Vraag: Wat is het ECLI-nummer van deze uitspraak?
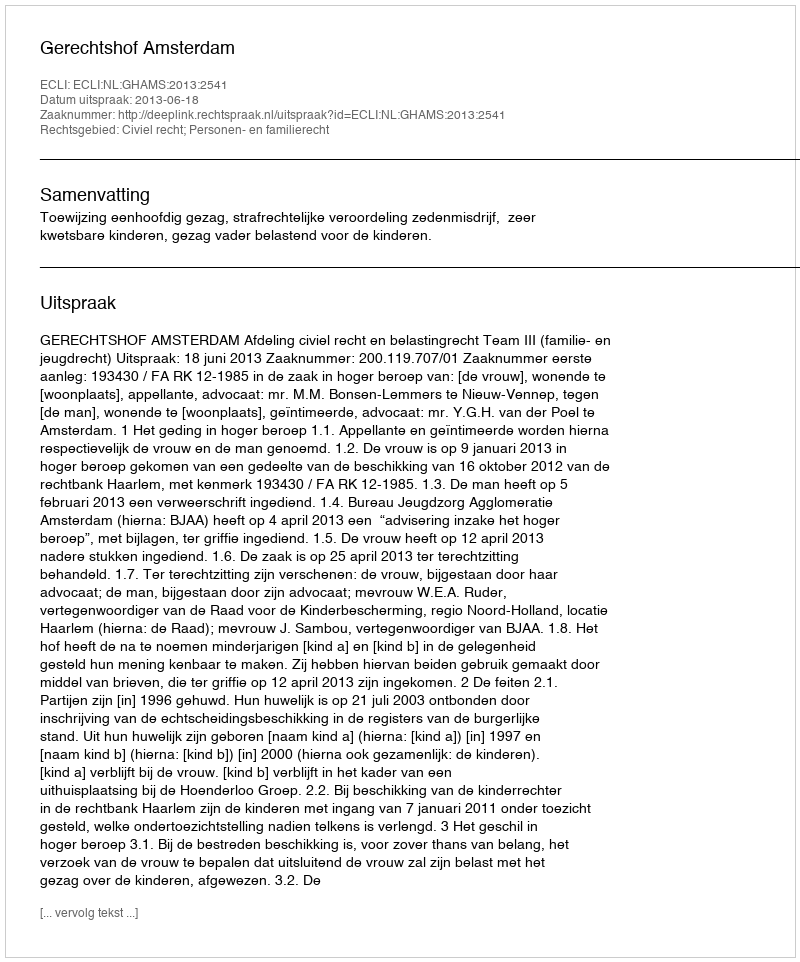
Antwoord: ECLI:NL:GHAMS:2013:2541